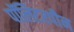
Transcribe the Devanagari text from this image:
पॉलिटरपीन